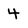
Character: 4